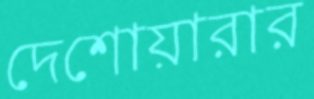
দেশোয়ারার